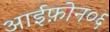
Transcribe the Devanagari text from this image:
आईफ़ोन०६